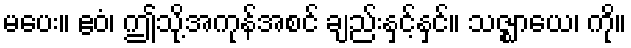
မပေး။ ဧဝံ၊ ဤသို့အကုန်အစင် ချည်းနှင့်နှင်။ သဇ္ဈာယေ၊ ကို။